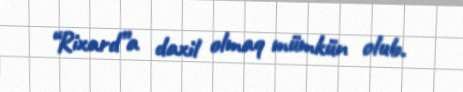
“Rixard”a daxil olmaq mümkün olub.